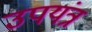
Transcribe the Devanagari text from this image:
उपयंत्र